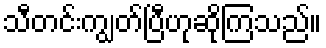
သီတင်းကျွတ်ပြီဟုဆိုကြသည်။